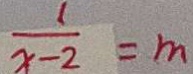
\frac { 1 } { x - 2 } = m